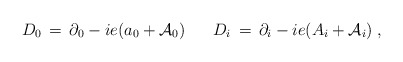
\begin{align*}D_0 \,=\, \partial_0 - ie(a_0 + {\mathcal A}_0)\;\;\;\;\;\;D_i \,=\, \partial_i - ie(A_i + {\mathcal A}_i)\;,\end{align*}